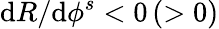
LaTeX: \mathrm{d}R/\mathrm{d}{\phi^{s}}<0\, (>0)